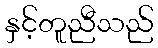
နှင့်တူညီသည်